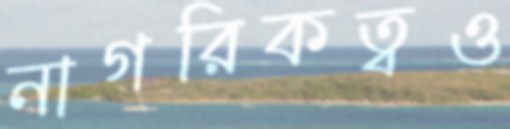
নাগরিকত্বও